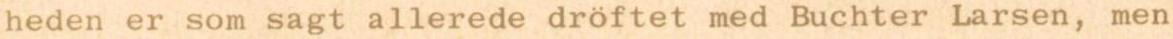
heden er som sagt allerede dröftet med Buchter Larsen, men